Civil Veterinary Department Bengal reports 1923-33 - 1923-1933
Year: 1923
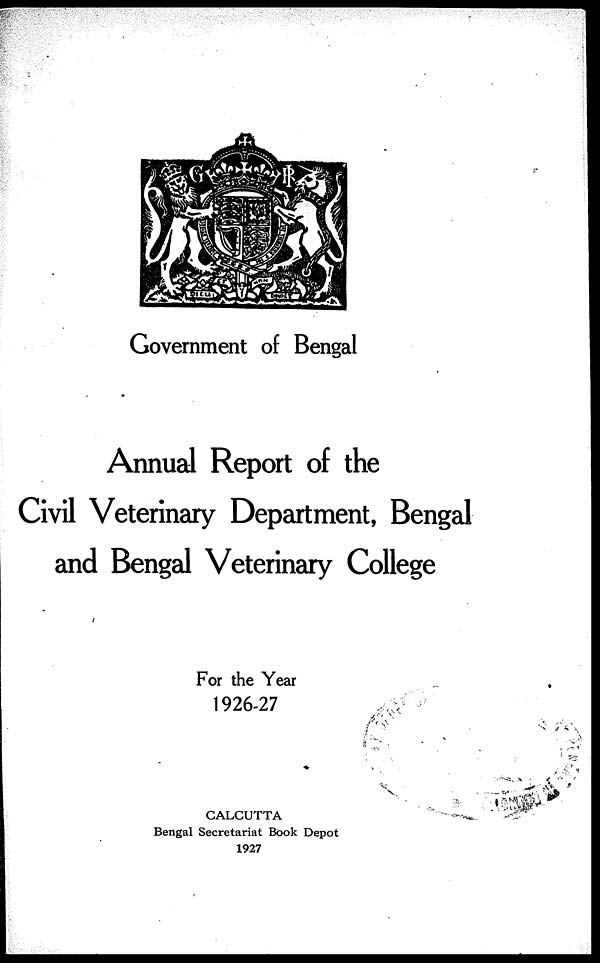
Government of Bengal
Annual Report of the
Civil Veterinary Department, Bengal
and Bengal Veterinary College
For the Year
1926-27
CALCUTTA
Bengal Secretariat Book Depot
1927